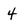
Character: 4